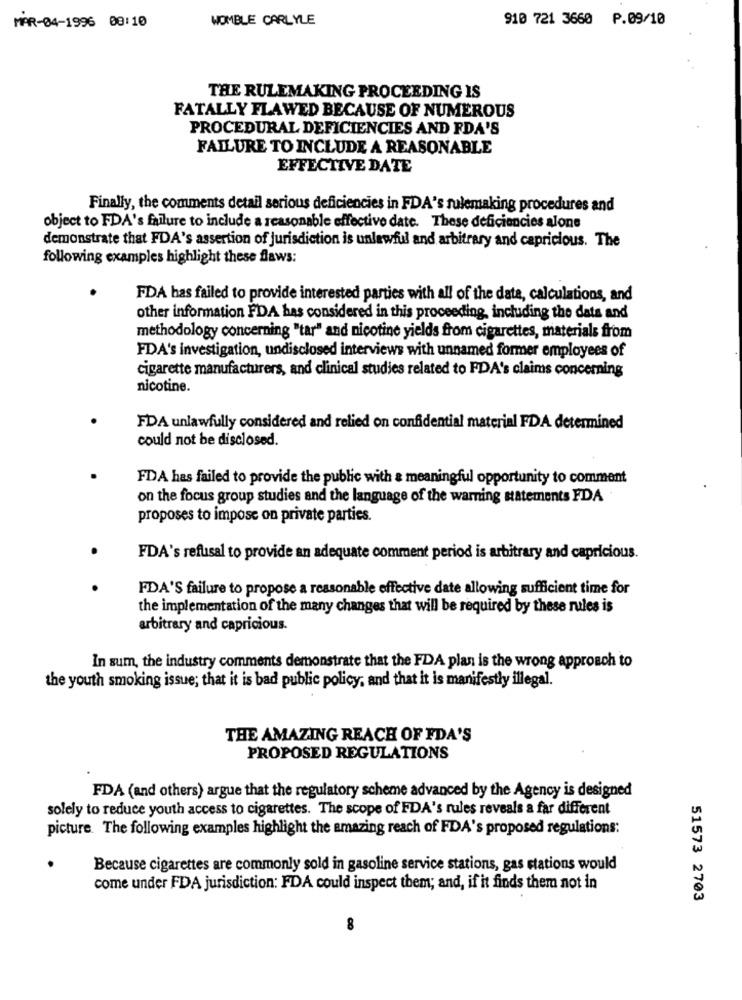
WOMBLE CARLYLE
910 721 3660 P.09/10
MAR-04-1995 08:10
THE RULEMAKING PROCEEDING IS
FATALLY FLAWED BECAUSE OF NUMEROUS
PROCEDURAL DEFICIENCIES AND FDA'S
FAILURE TO INCLUDE A REASONABLE
EFFECTIVE DATE
Finally, the comments detail serious deficiencies in FDA's rulemaking procedures and
object to FDA's failure to include a reasonable effective date. These deficiencies alone
demonstrate that FDA's assertion of jurisdiction is unlawful and arbitrary and capricious. The
following examples highlight these flaws:
FDA has failed to provide interested parties with all of the data, calculations, and
other information FDA has considered in this proceeding, including the data and
methodology concerning "tar" and nicotine yields from cigarettes, materials from
FDA's investigation, undisclosed interviews with unnamed former employees of
cigarette manufacturers, and clinical studies related to PDA's claims concerning
nicotine.
FDA unlawfully considered and relied on confidential material FDA determined
could not be disclosed.
FDA has failed to provide the public with a meaningful opportunity to comment
on the focus group studies and the language of the warning statements FDA
proposes to impose on private parties.
FDA's refusal to provide an adequate comment period is arbitrary and capricious.
FDA'S failure to propose a reasonable effective date allowing sufficient time for
the implementation of the many changes that will be required by these rules is
arbitrary and capricious.
In sum, the industry comments demonstrate that the FDA plan is the wrong approach to
the youth smoking issue; that it is bad public policy, and that it is manifestly illegal.
THE AMAZING REACH OF FDA'S
PROPOSED REGULATIONS
FDA (and others) argue that the regulatory scheme advanced by the Agency is designed
solely to reduce youth access to cigarettes. The scope of FDA's rules reveals a far different
picture. The following examples highlight the amazing reach of FDA's proposed regulations:
Because cigarettes are commonly sold in gasoline service stations, gas stations would
come under FDA jurisdiction: FDA could inspect them; and, if it finds them not in
51573 2703